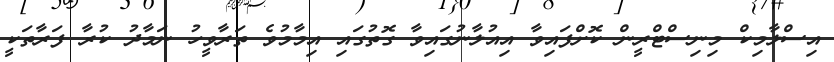
އިސްލާމިކް މިނިސްޓްރީން ކޮށްފައިވާ އިއުލާނުގައިވާ ގޮތުގައި އިމާމުވެ ތަރާވީހު ނަމާދު ކުރާ ފަރާތަކީ